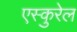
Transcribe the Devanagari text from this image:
एस्कुरेल